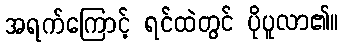
အရက်ကြောင့် ရင်ထဲတွင် ပိုပူလာ၏။